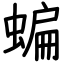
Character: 蝙